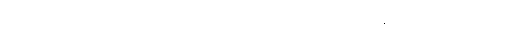
နောက်တစ်ခုကတော့ ကင်းထောက် စီမံကိန်း ဖြစ်ပါတယ်။